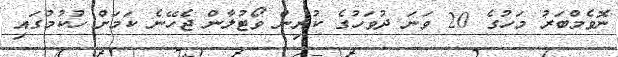
ނޮވެމްބަރު މަހުގެ 20 ވަނަ ދުވަހުގެ ކުރިން ވޯޓުލާން ޖެހޭނެ ކަމަށް ހުކުމުގައި